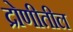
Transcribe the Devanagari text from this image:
द्रोणीतील